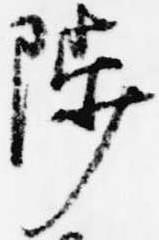
陟